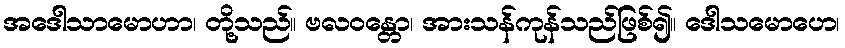
အဒေါသာမောဟာ၊ တို့သည်။ ဗလဝန္တော၊ အားသန်ကုန်သည်ဖြစ်၍။ ဒေါသမောဟေ၊